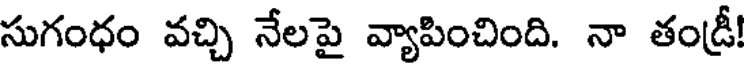
సుగంధం వచ్చి నేలపై వ్యాపించింది. నా తండ్రీ!